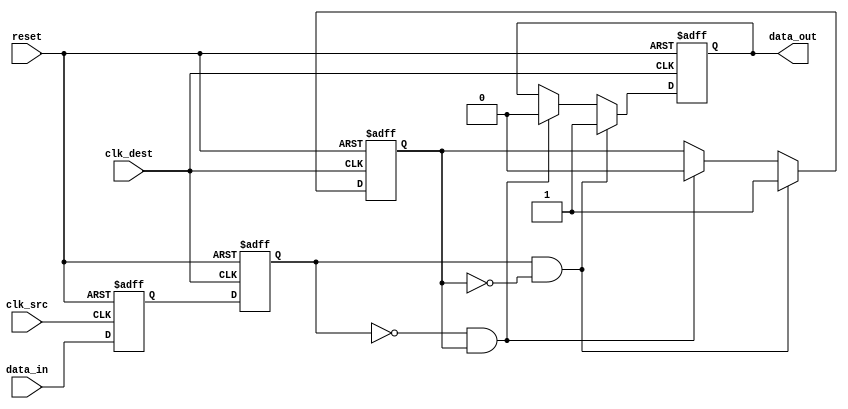
module pulsed_synchronizer (
    input wire clk_src,       // Source clock
    input wire clk_dest,      // Destination clock
    input wire data_in,       // Asynchronous input signal
    input wire reset,         // Asynchronous reset
    output reg data_out       // Pulsed output signal
);

    // Internal signals for synchronization
    reg sync_ff1;             // First stage flip-flop
    reg sync_ff2;             // Second stage flip-flop
    reg pulse_gen;            // Intermediate pulse generation signal

    // Synchronization stage: Capture data_in on clk_src
    always @(posedge clk_src or posedge reset) begin
        if (reset) begin
            sync_ff1 <= 1'b0;
        end else begin
            sync_ff1 <= data_in;
        end
    end

    // Second stage synchronization: Capture sync_ff1 on clk_dest
    always @(posedge clk_dest or posedge reset) begin
        if (reset) begin
            sync_ff2 <= 1'b0;
        end else begin
            sync_ff2 <= sync_ff1;
        end
    end

    // Pulse generation logic: Generate a pulse on data_out
    always @(posedge clk_dest or posedge reset) begin
        if (reset) begin
            data_out <= 1'b0;
            pulse_gen <= 1'b0;
        end else begin
            // Generate a pulse if sync_ff2 transitions from 0 to 1
            if (sync_ff2 && !pulse_gen) begin
                data_out <= 1'b1;  // Start pulse
                pulse_gen <= 1'b1; // Indicate pulse is active
            end else if (!sync_ff2 && pulse_gen) begin
                data_out <= 1'b0;  // End pulse
                pulse_gen <= 1'b0; // Reset pulse indicator
            end
        end
    end

endmodule